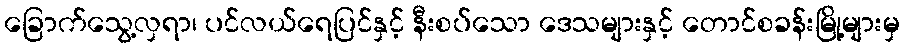
ခြောက်သွေ့လှရာ၊ ပင်လယ်ရေပြင်နှင့် နီးစပ်သော ဒေသများနှင့် တောင်စခန်းမြို့များမှ